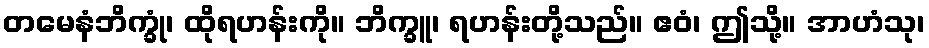
တမေနံဘိက္ခုံ၊ ထိုရဟန်းကို။ ဘိက္ခူ၊ ရဟန်းတို့သည်။ ဧဝံ၊ ဤသို့။ အာဟံသု၊